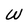
Character: W